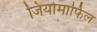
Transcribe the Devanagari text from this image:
जियोमार्फिल